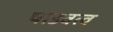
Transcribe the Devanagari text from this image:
षाडवत्व